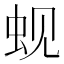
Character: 蚬